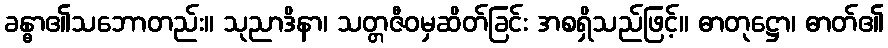
ခန္ဓာ၏သဘောတည်း။ သုညာဒိနာ၊ သတ္တဇီဝမှဆိတ်ခြင်း အစရှိသည်ဖြင့်။ ဓာတုဋ္ဌော၊ ဓာတ်၏